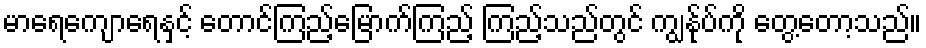
မာရေကျောရေနှင့် တောင်ကြည့်မြောက်ကြည့် ကြည့်သည်တွင် ကျွန်ုပ်ကို တွေ့တော့သည်။